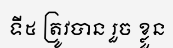
ទី៥ ត្រូវបាន រួច ខ្លួន